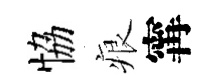
恊痕𡩋